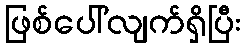
ဖြစ်ပေါ်လျက်ရှိပြီး